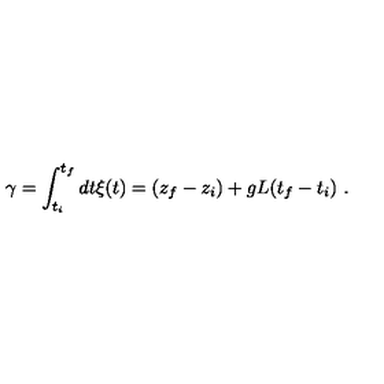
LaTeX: \gamma = \int _ { t _ { i } } ^ { t _ { f } } d t \xi ( t ) = ( z _ { f } - z _ { i } ) + g L ( t _ { f } - t _ { i } ) \ .